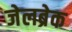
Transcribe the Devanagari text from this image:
जेलब्रेक